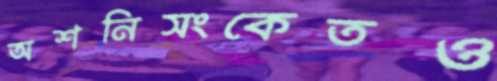
অশনিসংকেতও